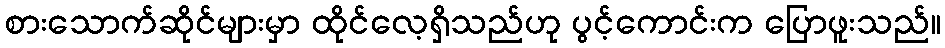
စားသောက်ဆိုင်များမှာ ထိုင်လေ့ရှိသည်ဟု ပွင့်ကောင်းက ပြောဖူးသည်။